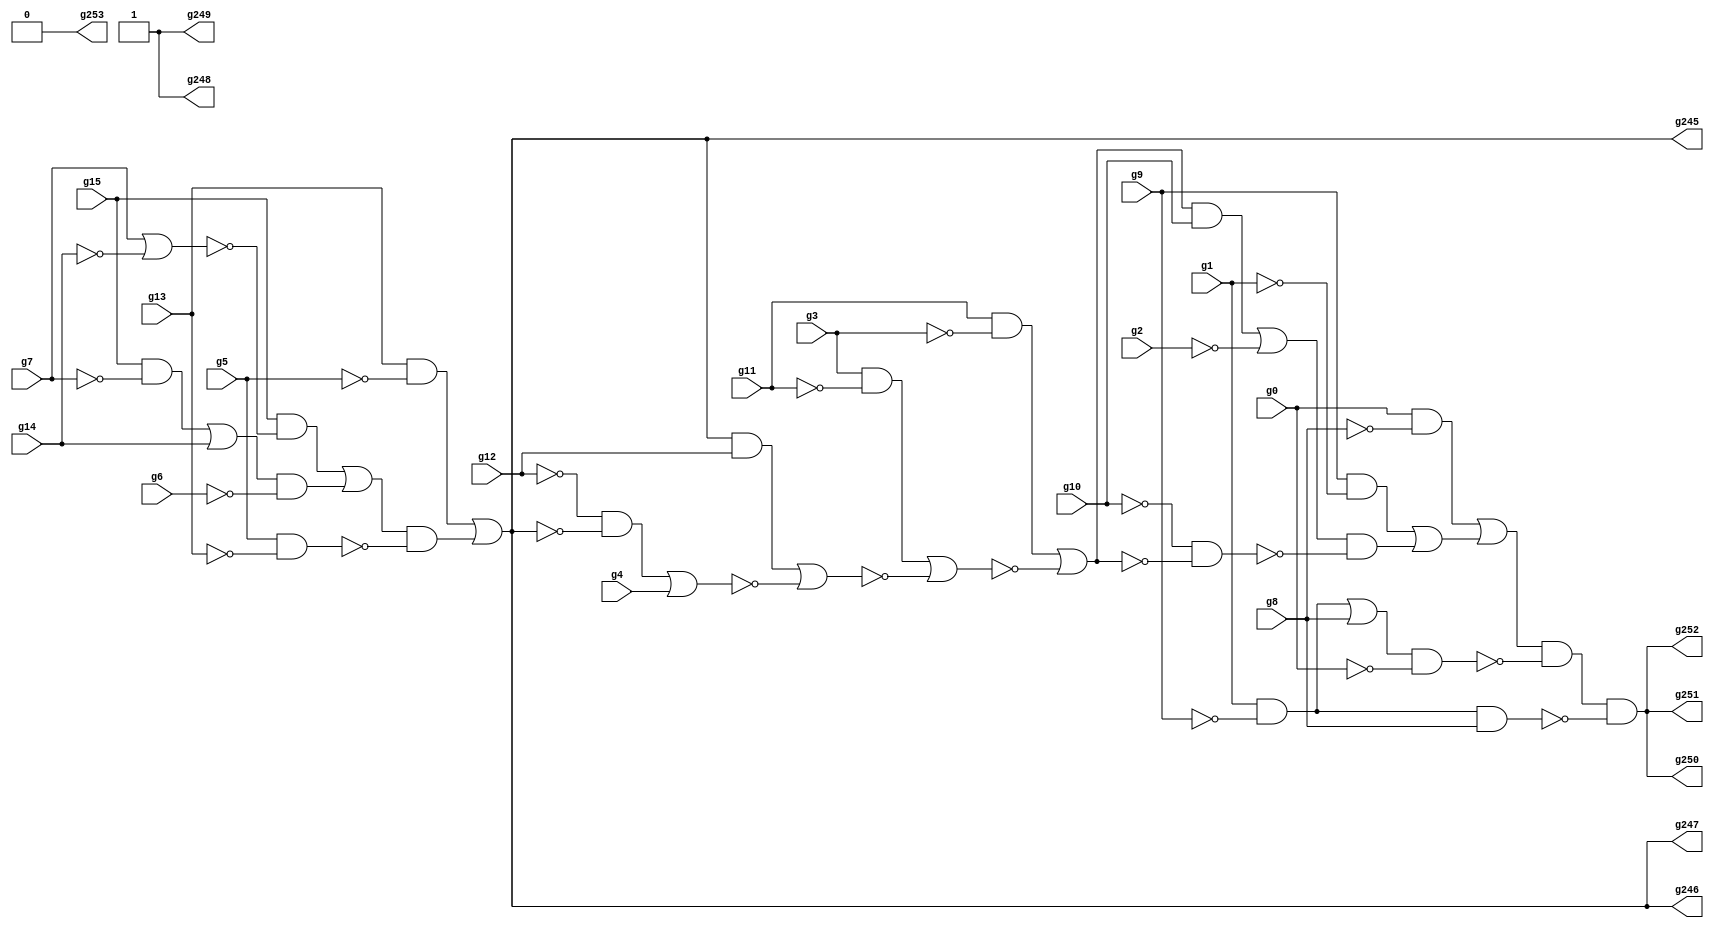
/* Generated by Yosys 0.9+4052 (git sha1 a5adb007, gcc 9.3.0-17ubuntu1~20.04 -fPIC -Os) */

module circuit(g0, g1, g2, g3, g4, g5, g6, g7, g8, g9, g10, g11, g12, g13, g14, g15, g253, g252, g251, g250, g249, g248, g247, g246, g245);
  wire _00_;
  wire _01_;
  wire _02_;
  wire _03_;
  wire _04_;
  wire _05_;
  wire _06_;
  wire _07_;
  wire _08_;
  wire _09_;
  wire _10_;
  wire _11_;
  wire _12_;
  wire _13_;
  wire _14_;
  wire _15_;
  wire _16_;
  wire _17_;
  wire _18_;
  wire _19_;
  wire _20_;
  wire _21_;
  wire _22_;
  wire _23_;
  wire _24_;
  wire _25_;
  wire _26_;
  wire _27_;
  wire _28_;
  wire _29_;
  wire _30_;
  wire _31_;
  input g0;
  input g1;
  input g10;
  input g11;
  input g12;
  input g13;
  input g14;
  input g15;
  input g2;
  output g245;
  output g246;
  output g247;
  output g248;
  output g249;
  output g250;
  output g251;
  output g252;
  output g253;
  input g3;
  input g4;
  input g5;
  input g6;
  input g7;
  input g8;
  input g9;
  assign _00_ = g15 & ~(g7);
  assign _01_ = _00_ | g14;
  assign _02_ = _01_ & ~(g6);
  assign _03_ = g7 | ~(g14);
  assign _04_ = g15 & ~(_03_);
  assign _05_ = _04_ | _02_;
  assign _06_ = g5 & ~(g13);
  assign _07_ = _05_ & ~(_06_);
  assign _08_ = g13 & ~(g5);
  assign g245 = _08_ | _07_;
  assign _09_ = ~g10;
  assign _10_ = ~g12;
  assign _11_ = _10_ & ~(g245);
  assign _12_ = _11_ | g4;
  assign _13_ = g245 & ~(_10_);
  assign _14_ = _13_ | ~(_12_);
  assign _15_ = g3 & ~(g11);
  assign _16_ = _15_ | ~(_14_);
  assign _17_ = g11 & ~(g3);
  assign _18_ = _17_ | ~(_16_);
  assign _19_ = _18_ & ~(_09_);
  assign _20_ = _19_ | ~(g2);
  assign _21_ = _09_ & ~(_18_);
  assign _22_ = _20_ & ~(_21_);
  assign _23_ = g9 & ~(g1);
  assign _24_ = _23_ | _22_;
  assign _25_ = g0 & ~(g8);
  assign _26_ = _25_ | _24_;
  assign _27_ = g1 & ~(g9);
  assign _28_ = _27_ | g8;
  assign _29_ = _28_ & ~(g0);
  assign _30_ = _26_ & ~(_29_);
  assign _31_ = _27_ & g8;
  assign g250 = _30_ & ~(_31_);
  assign g246 = g245;
  assign g247 = g245;
  assign g248 = 1'h1;
  assign g249 = 1'h1;
  assign g251 = g250;
  assign g252 = g250;
  assign g253 = 1'h0;
endmodule